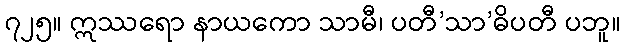
၇၂၅။ ဣဿရော နာယကော သာမီ၊ ပတီ’သာ’ဓိပတီ ပဘူ။